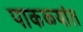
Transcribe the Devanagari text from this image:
पाकळ्यांत